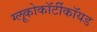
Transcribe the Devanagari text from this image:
ग्लूकोकॉर्टीकॉयड